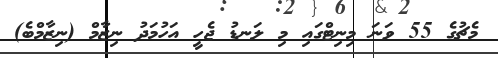
މެޗުގެ 55 ވަނަ މިނިޓްގައި މި ލަނޑު ޖެހީ އަހުމަދު ނިޒާމް (ނިޒާމްބެ)